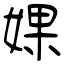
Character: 婐